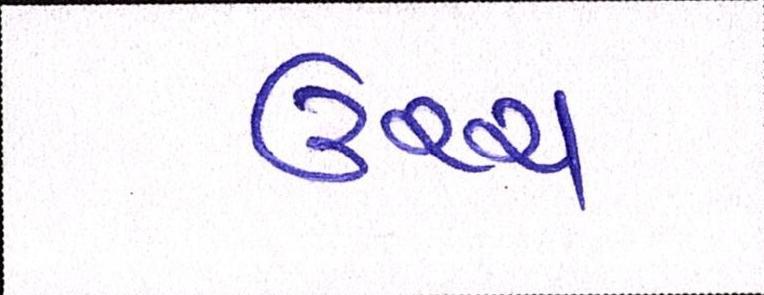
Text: ઉચ્ચ